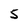
Character: 5